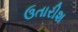
ઉતારીશ